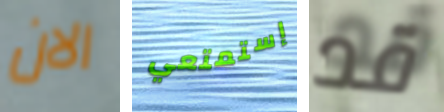
الان إستمتعي قد